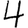
Digit: 4